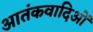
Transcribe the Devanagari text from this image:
आतंकवादिओं